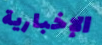
الإخبارية